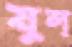
যুল্